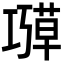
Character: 𫶱